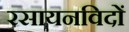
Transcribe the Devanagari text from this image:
रसायनविदों